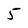
Character: 5